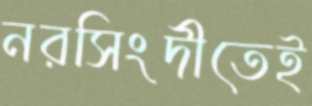
নরসিংদীতেই